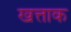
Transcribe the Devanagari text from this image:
खत्ताक